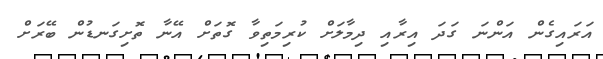
އަރައިގެން އަންނަ ގަދަ އިރާއި ދިމާލަށް ކުރިމަތިވާ ގޮތަށް އޭނާ ތޮށިގަނޑުން ބޭރަށް